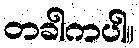
တခါကပါ။